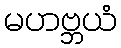
မဟဗ္ဘယံ